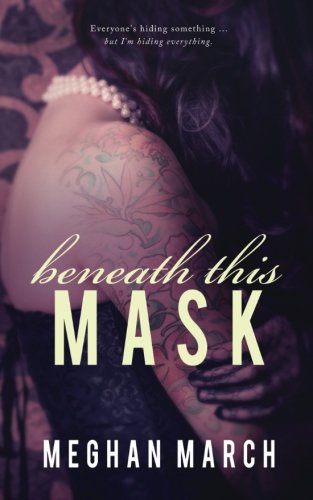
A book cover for Beneath This Mask (Volume 1); Meghan March; Romance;